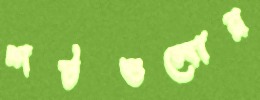
শটগুলোর